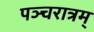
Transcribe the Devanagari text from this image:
पञ्चरात्रम्‌